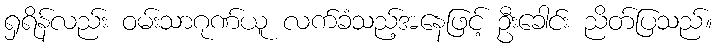
ရှရိန်လည်း ဝမ်းသာဂုဏ်ယူ လက်ခံသည့်အနေဖြင့် ဦးခေါင်း ညိတ်ပြသည်။